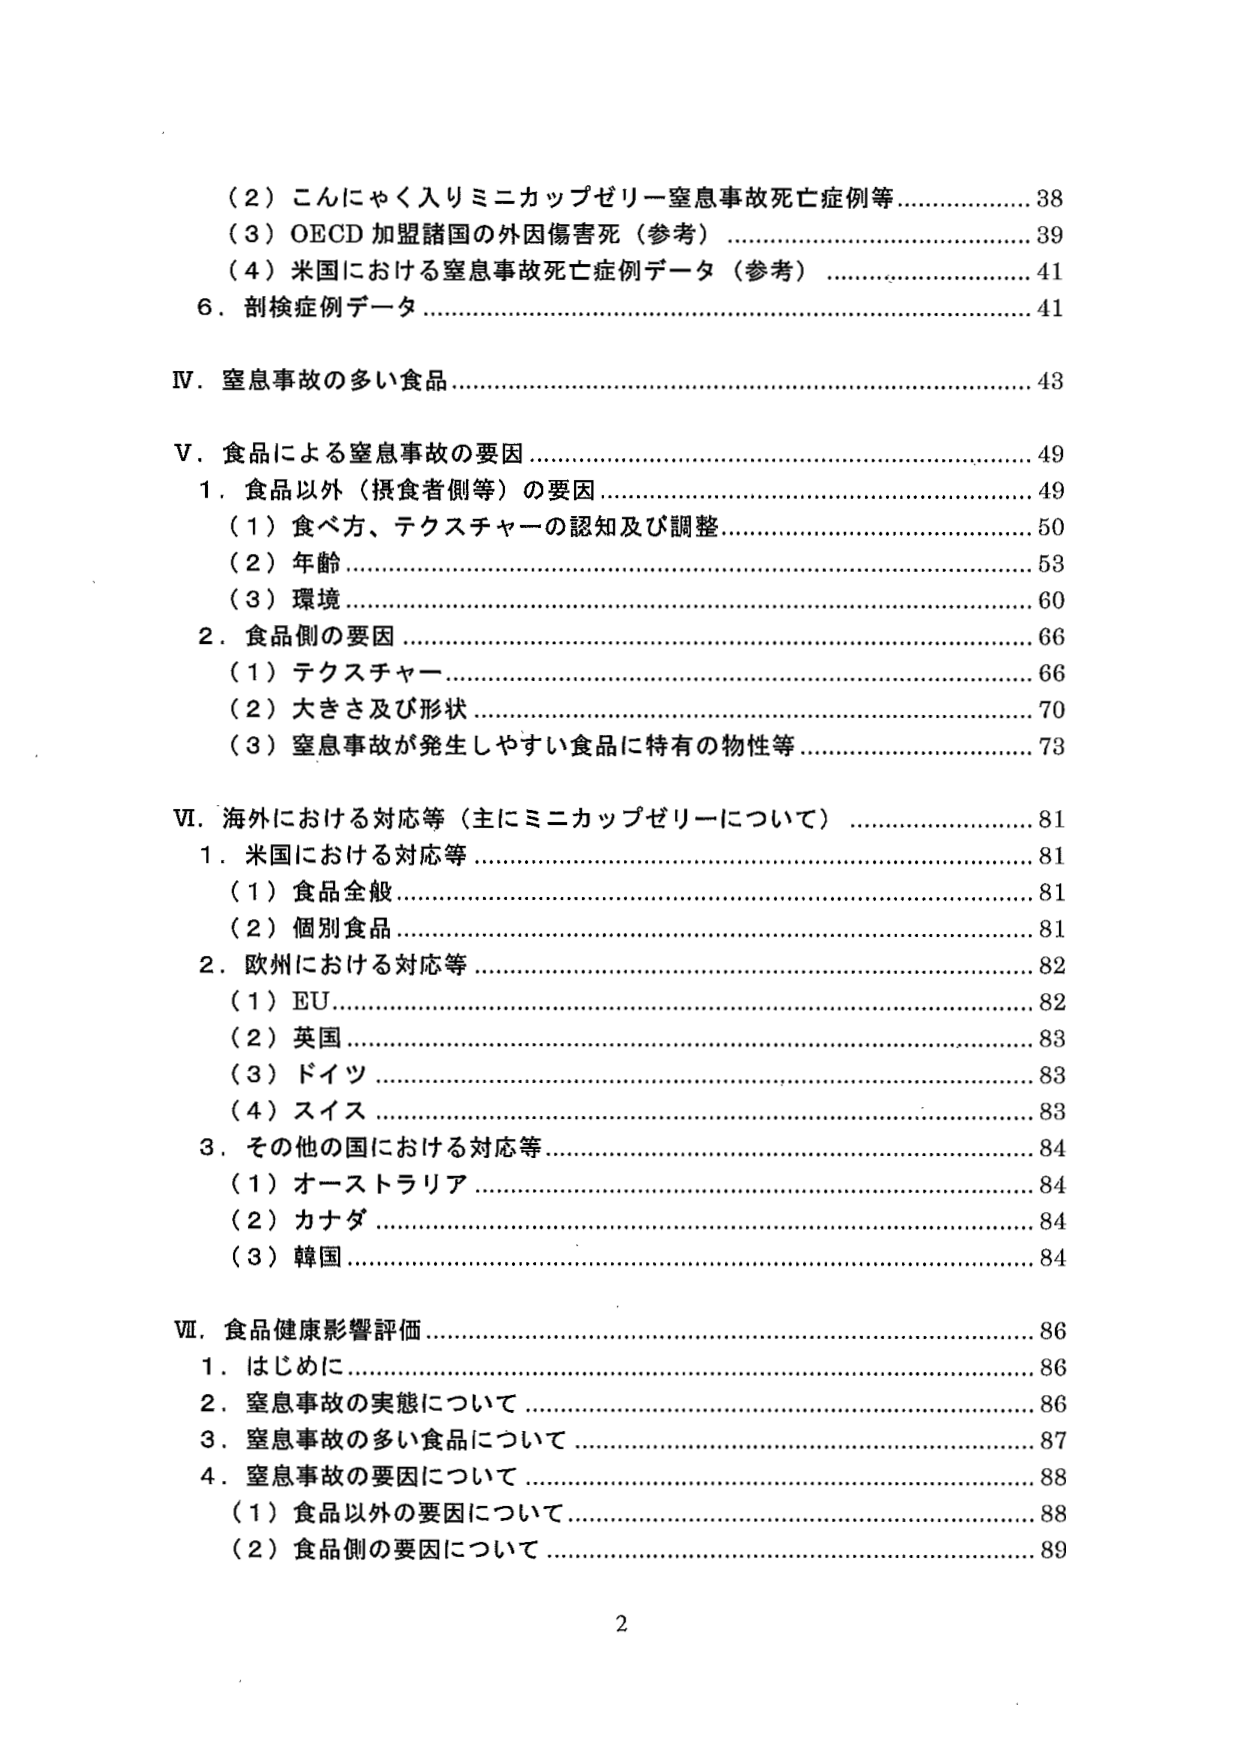
（２）こんにゃく入りミニカップゼリー窒息事故死亡症例等……………………38
（３）OECD 加盟諸国の外因傷害死（参考）……………………………………39
（４）米国における窒息事故死亡症例データ（参考）…………………………41
６．剖検症例データ………………………………………………………………41

Ⅳ．窒息事故の多い食品…………………………………………………………43

Ⅴ．食品による窒息事故の要因…………………………………………………49
１．食品以外（摂食者側等）の要因……………………………………………49
　（１）食べ方、テクスチャーの認知及び調整…………………………………50
　（２）年齢………………………………………………………………………53
　（３）環境………………………………………………………………………60
２．食品側の要因…………………………………………………………………66
　（１）テクスチャー……………………………………………………………66
　（２）大きさ及び形状…………………………………………………………70
　（３）窒息事故が発生しやすい食品に特有の物性等…………………………73

Ⅵ．海外における対応等（主にミニカップゼリーについて）…………………81
１．米国における対応等…………………………………………………………81
　（１）食品全般…………………………………………………………………81
　（２）個別食品…………………………………………………………………81
２．欧州における対応等…………………………………………………………82
　（１）EU…………………………………………………………………………82
　（２）英国………………………………………………………………………83
　（３）ドイツ……………………………………………………………………83
　（４）スイス……………………………………………………………………83
３．その他の国における対応等…………………………………………………84
　（１）オーストラリア…………………………………………………………84
　（２）カナダ……………………………………………………………………84
　（３）韓国………………………………………………………………………84

Ⅶ．食品健康影響評価……………………………………………………………86
１．はじめに………………………………………………………………………86
２．窒息事故の実態について……………………………………………………86
３．窒息事故の多い食品について………………………………………………87
４．窒息事故の要因について……………………………………………………88
　（１）食品以外の要因について………………………………………………88
　（２）食品側の要因について…………………………………………………89

2